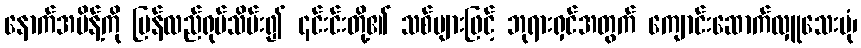
နောက်အမိန့်ကို ပြန်လည်ရုပ်သိမ်း၍ ၎င်းင်းတို့၏ သစ်များဖြင့် ဘုရားရှင်အတွက် ကျောင်းဆောက်လှူသေးပုံ၊